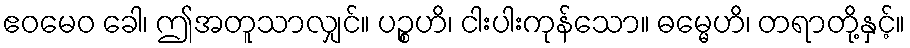
ဧဝမေဝ ခေါ၊ ဤအတူသာလျှင်။ ပဉ္စဟိ၊ ငါးပါးကုန်သော။ ဓမ္မေဟိ၊ တရာတို့နှင့်။